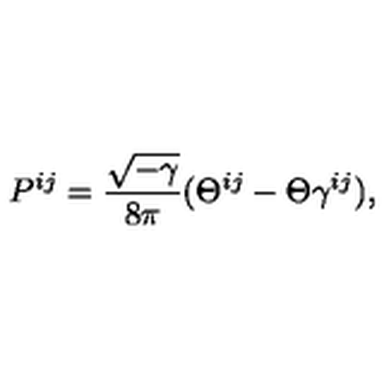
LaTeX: P ^ { i j } = \frac { \sqrt { - \gamma } } { 8 \pi } ( \Theta ^ { i j } - \Theta \gamma ^ { i j } ) ,